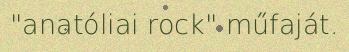
"anatóliai rock" műfaját.